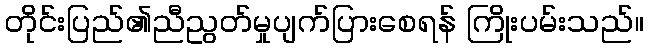
တိုင်းပြည်၏ညီညွတ်မှုပျက်ပြားစေရန် ကြိုးပမ်းသည်။